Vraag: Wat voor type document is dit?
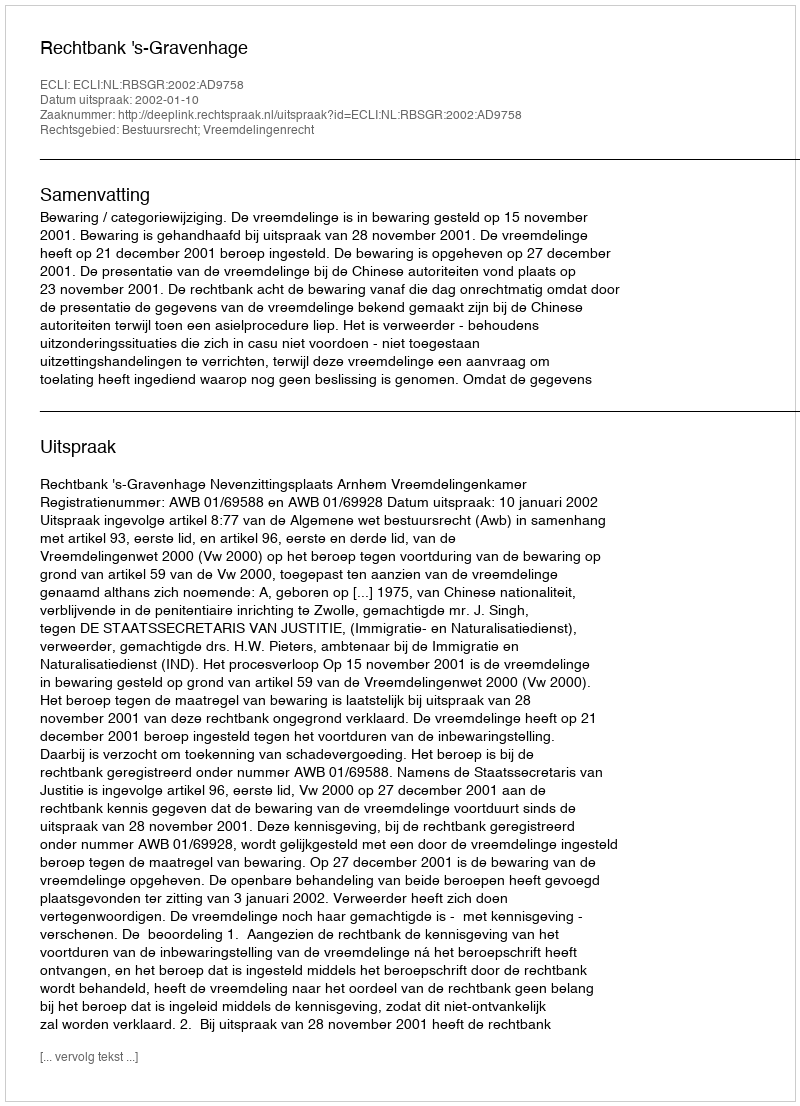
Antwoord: Uitspraak